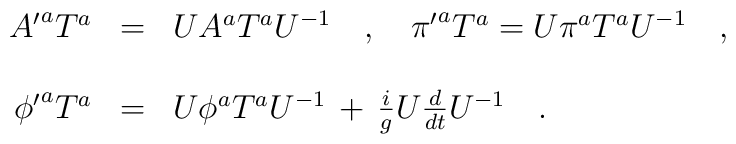
\begin{array}{r c l}{A'}^aT^a&=&UA^aT^aU^{-1}\ \ \ ,\ \ \ {\pi'}^aT^a=U\pi^aT^aU^{-1}\ \ \ ,\\ \\{\phi'}^aT^a&=&U\phi^aT^aU^{-1}\,+\,\frac{i}{g}U\frac{d}{dt}U^{-1}\ \ \ .\end{array}